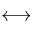
\longleftrightarrow